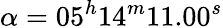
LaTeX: \alpha=05^{h}14^{m}11.00^{s}